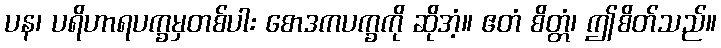
ပန၊ ပရိဟာရပက္ခမှတစ်ပါး စောဒကပက္ခကို ဆိုအံ့။ ဧတံ စိတ္တံ၊ ဤစိတ်သည်။